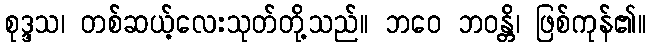
စုဒ္ဒသ၊ တစ်ဆယ့်လေးသုတ်တို့သည်။ ဘဝေ ဘဝန္တိ၊ ဖြစ်ကုန်၏။